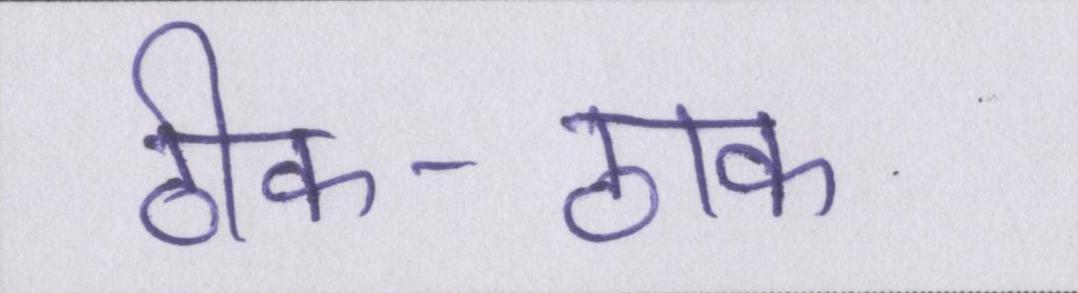
ठीक-ठाक